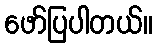
ဖော်ပြပါတယ်။